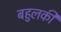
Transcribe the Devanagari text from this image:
बहुलकी